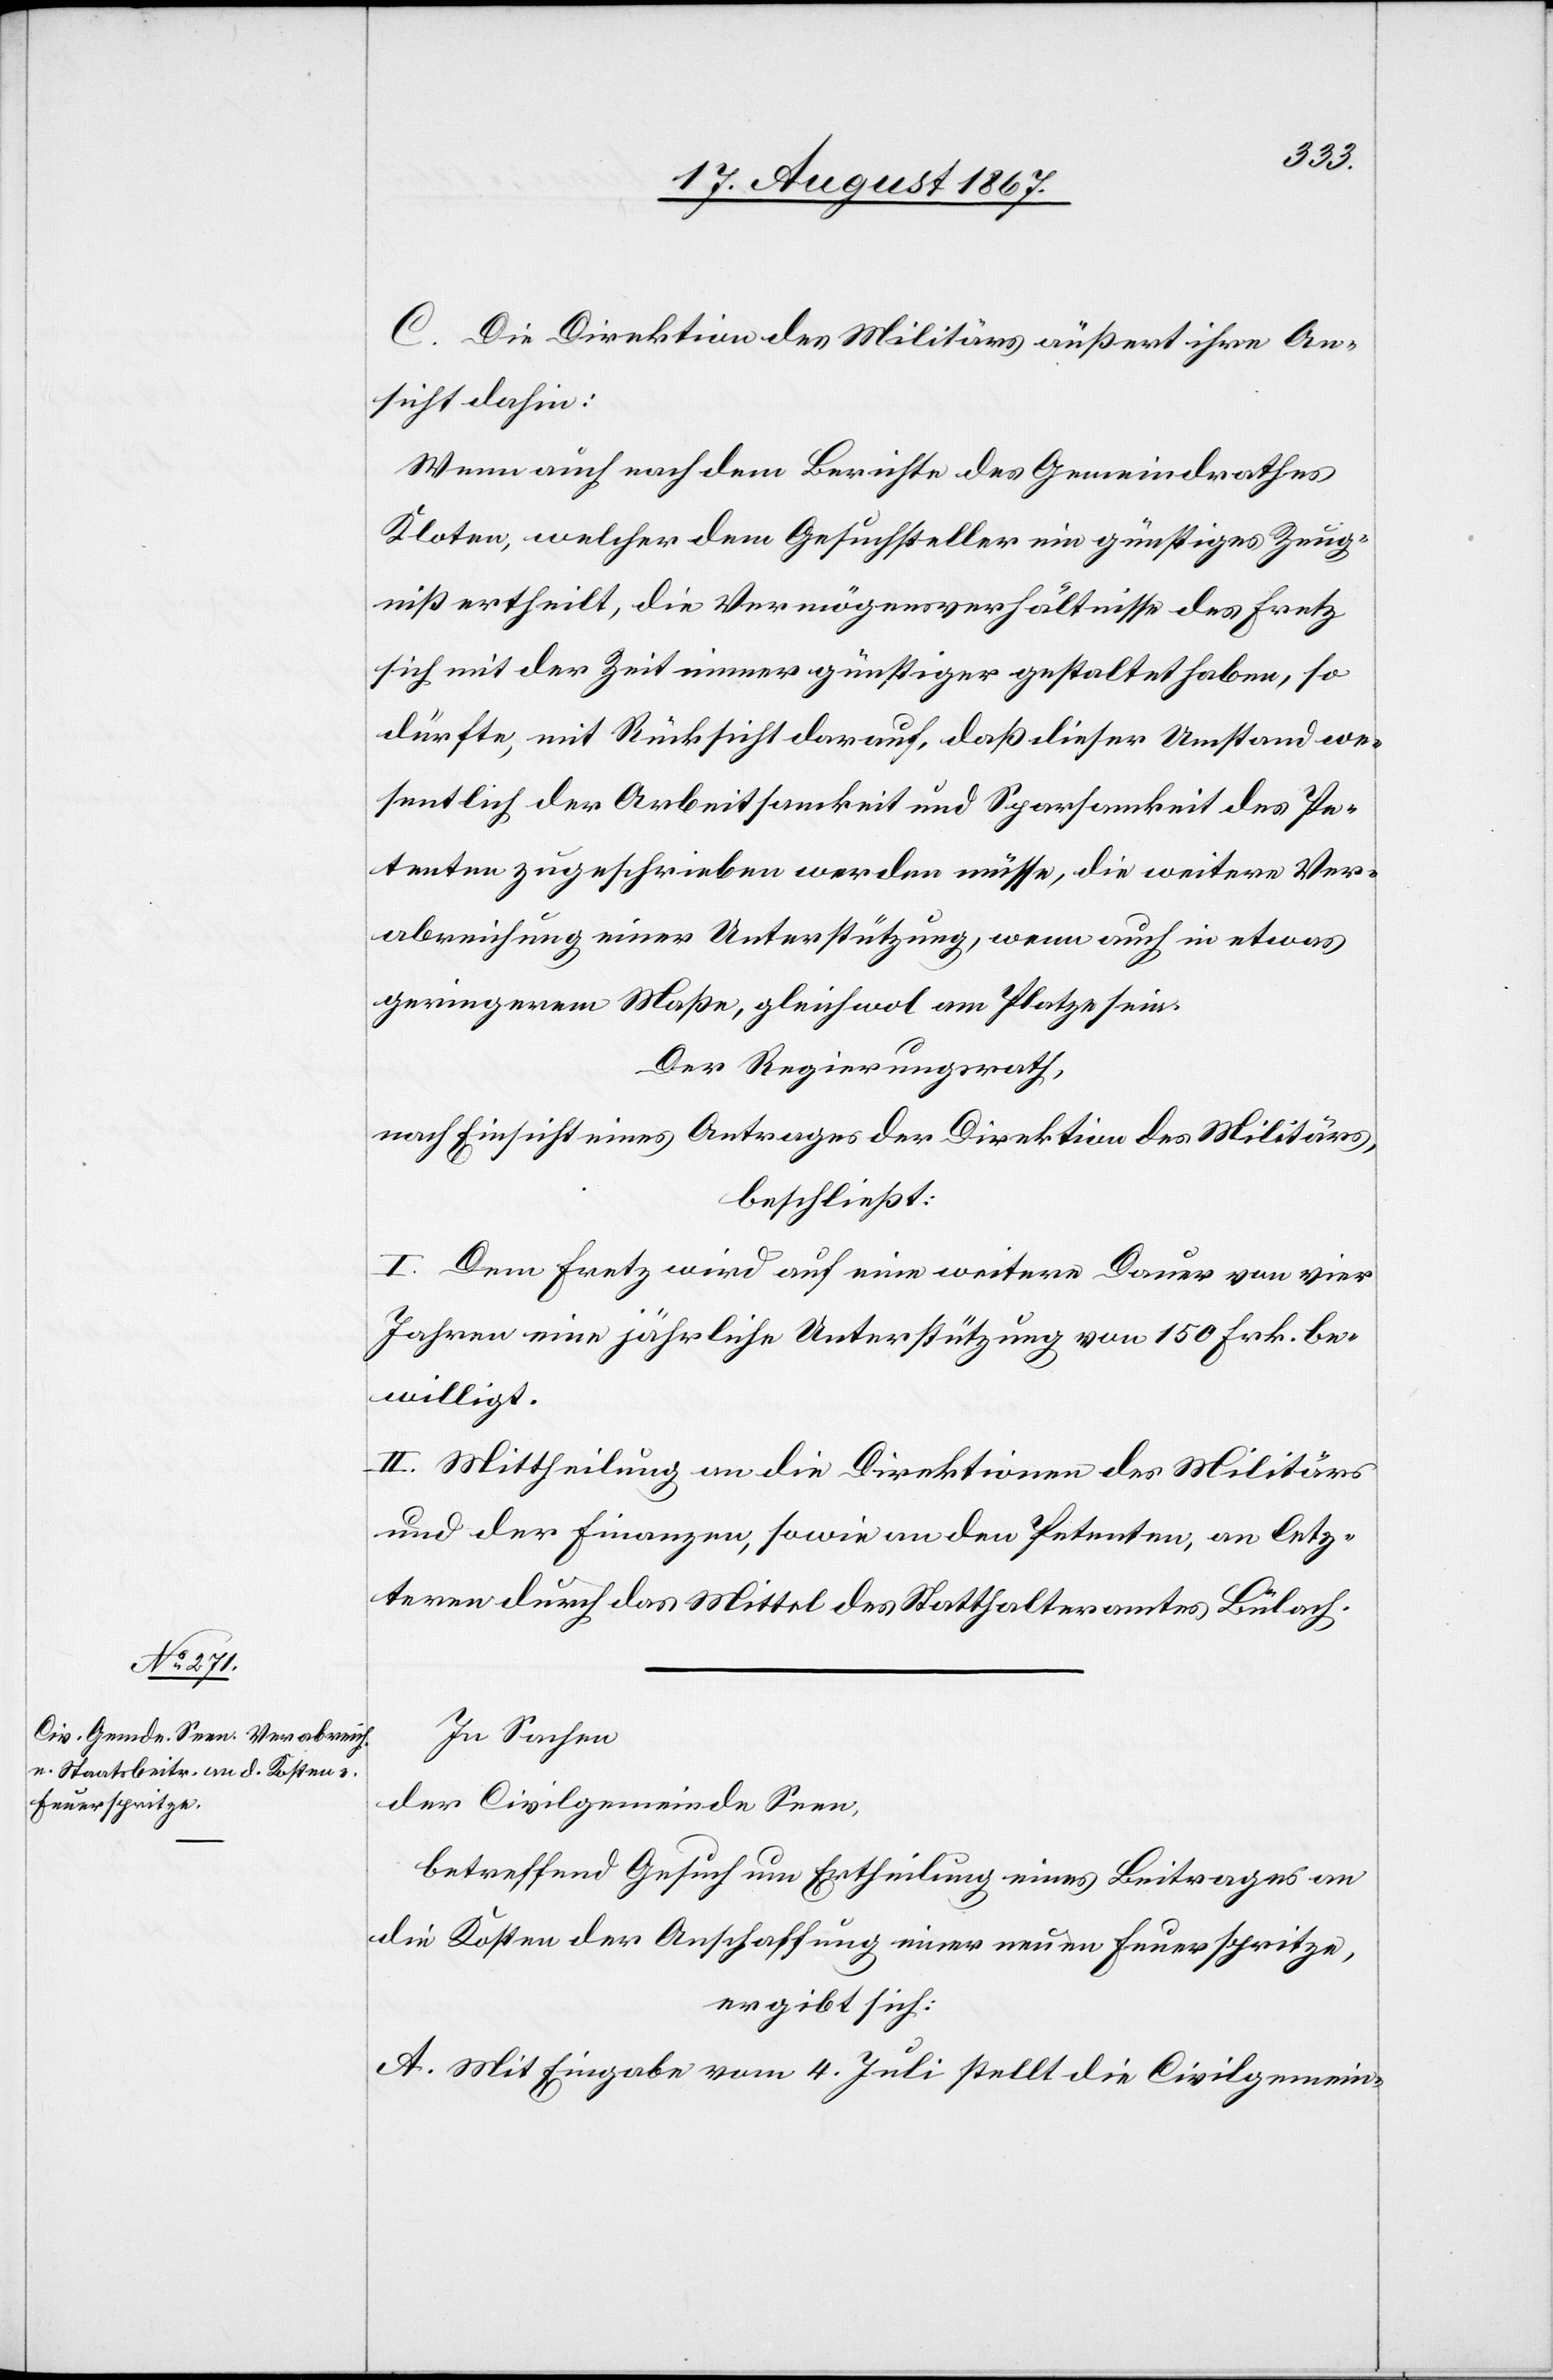
C. Die Direktion des Militärs äußert ihre An¬
sicht dahin:
Wenn auch nach dem Berichte des Gemeindrathes
Kloten, welcher dem Gesuchsteller ein günstiges Zeug¬
niß ertheilt, die Vermögensverhältnisse des Fretz
sich mit der Zeit immer günstiger gestaltet haben, so
dürfte, mit Rücksicht darauf, daß dieser Umstand we¬
sentlich der Arbeitsamkeit und Sparsamkeit des Pe¬
tenten zugeschrieben werden müsse, die weitere Ver¬
abreichung einer Unterstützung wenn auch in etwas
geringerem Maße, gleichwol am Platze sein.
Der Regierungsrath,
nach Einsicht eines Antrages der Direktion des Militärs,
beschließt:
I. Dem Fretz wird auf eine weitere Dauer von vier
Jahren eine jährliche Unterstützung von 150 Frk. be¬
willigt.
II. Mittheilung an die Direktionen des Militärs
und der Finanzen, sowie an den Petenten, an letz¬
teren durch das Mittel des Statthalteramtes Bülach.
In Sachen
der Civilgemeinde Seen,
betreffend Gesuch um Ertheilung eines Beitrages an
die Kosten der Anschaffung einer neuen Feuerspritze,
ergibt sich:
A. Mit Eingabe vom 4. Juli stellt die Civilgemein-